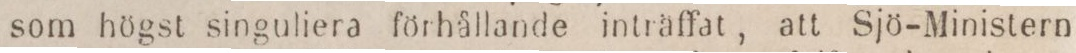
som högst singuliera förhållande inträffat, att Sjö-Ministern